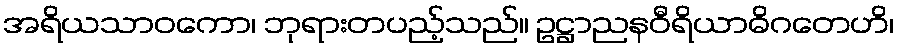
အရိယသာဝကော၊ ဘုရားတပည့်သည်။ ဥဋ္ဌာညနဝီရိယာဓိဂတေဟိ၊